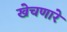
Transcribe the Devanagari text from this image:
खेचणारे